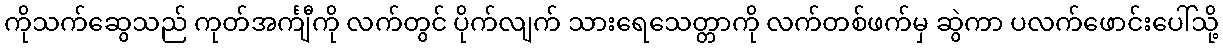
ကိုသက်ဆွေသည် ကုတ်အင်္ကျီကို လက်တွင် ပိုက်လျက် သားရေသေတ္တာကို လက်တစ်ဖက်မှ ဆွဲကာ ပလက်ဖောင်းပေါ်သို့